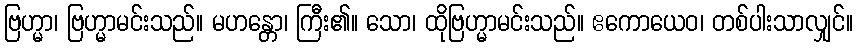
ဗြဟ္မာ၊ ဗြဟ္မာမင်းသည်။ မဟန္တော၊ ကြီး၏။ သော၊ ထိုဗြဟ္မာမင်းသည်။ ဧကောယေဝ၊ တစ်ပါးသာလျှင်။